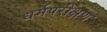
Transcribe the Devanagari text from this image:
धर्मपरीक्षण